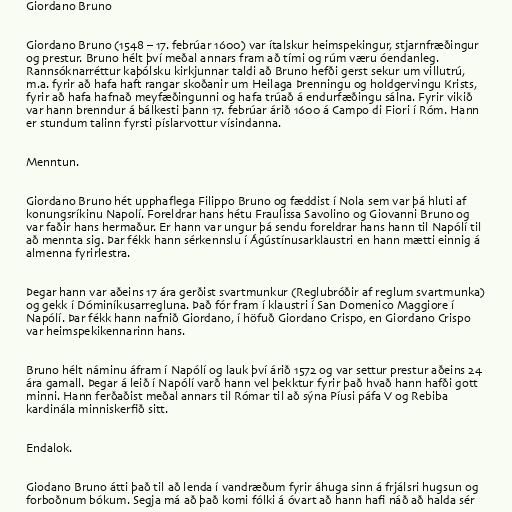
Giordano Bruno

Giordano Bruno (1548 – 17. febrúar 1600) var ítalskur heimspekingur, stjarnfræðingur
og prestur. Bruno hélt því meðal annars fram að tími og rúm væru óendanleg.
Rannsóknarréttur kaþólsku kirkjunnar taldi að Bruno hefði gerst sekur um villutrú,
m.a. fyrir að hafa haft rangar skoðanir um Heilaga Þrenningu og holdgervingu Krists,
fyrir að hafa hafnað meyfæðingunni og hafa trúað á endurfæðingu sálna. Fyrir vikið
var hann brenndur á bálkesti þann 17. febrúar árið 1600 á Campo di Fiori í Róm. Hann
er stundum talinn fyrsti píslarvottur vísindanna.

Menntun.

Giordano Bruno hét upphaflega Filippo Bruno og fæddist í Nola sem var þá hluti af
konungsríkinu Napolí. Foreldrar hans hétu Fraulissa Savolino og Giovanni Bruno og
var faðir hans hermaður. Er hann var ungur þá sendu foreldrar hans hann til Napólí til
að mennta sig. Þar fékk hann sérkennslu í Ágústínusarklaustri en hann mætti einnig á
almenna fyrirlestra.

Þegar hann var aðeins 17 ára gerðist svartmunkur (Reglubróðir af reglum svartmunka)
og gekk í Dóminíkusarregluna. Það fór fram í klaustri í San Domenico Maggiore í
Napólí. Þar fékk hann nafnið Giordano, í höfuð Giordano Crispo, en Giordano Crispo
var heimspekikennarinn hans.

Bruno hélt náminu áfram í Napólí og lauk því árið 1572 og var settur prestur aðeins 24
ára gamall. Þegar á leið í Napólí varð hann vel þekktur fyrir það hvað hann hafði gott
minni. Hann ferðaðist meðal annars til Rómar til að sýna Píusi páfa V og Rebiba
kardinála minniskerfið sitt.

Endalok.

Giodano Bruno átti það til að lenda í vandræðum fyrir áhuga sinn á frjálsri hugsun og
forboðnum bókum. Segja má að það komi fólki á óvart að hann hafi náð að halda sér